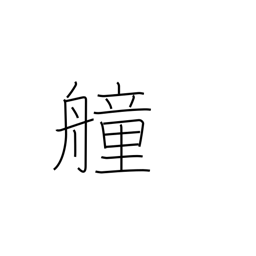
Meaning: fighting ship